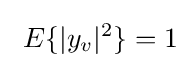
\ E\{|y_{v}|^{2}\}=1